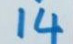
14